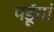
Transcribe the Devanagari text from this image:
पडॅ़ूगां